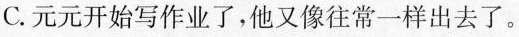
C. 元元开始写作业了，他又像往常一样出去了。